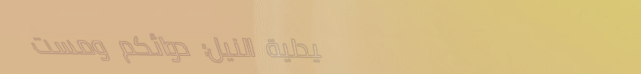
صيدلية النيل: دوائكم ومست